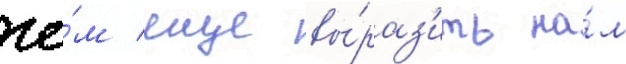
че́м еще вы́раз'ить на́м